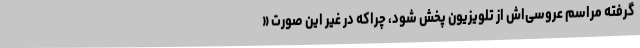
گرفته مراسم عروسی‌اش از تلویزیون پخش شود، چراکه در غیر این صورت «